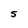
Character: S